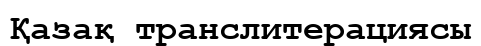
Қазақ транслитерациясы